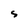
Character: s